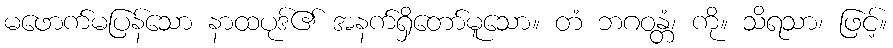
မဖောက်မပြန်သော နာထပုဒ်၏ အနက်ရှိတော်မူသော။ တံ ဘဂဝန္တံ၊ ကို။ သိရသာ၊ ဖြင့်။